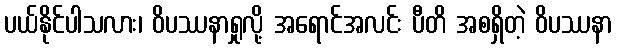
ပယ်နိုင်ပါသလား၊ ဝိပဿနာရှုလို့ အရောင်အလင်း ပီတိ အစရှိတဲ့ ဝိပဿနာ